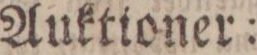
Auktioner: